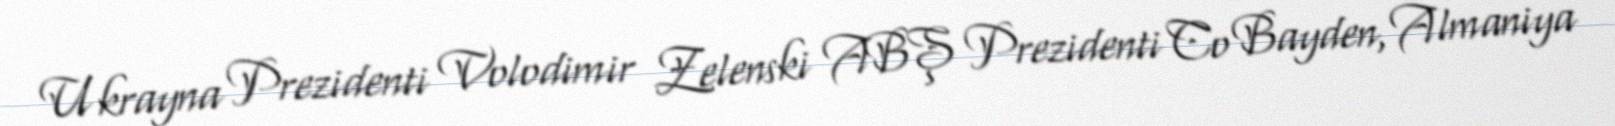
Ukrayna Prezidenti Volodimir Zelenski ABŞ Prezidenti Co Bayden, Almaniya